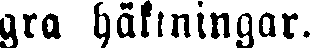
gra häktningar.